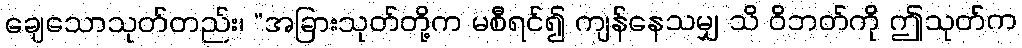
ချေသောသုတ်တည်း၊ “အခြားသုတ်တို့က မစီရင်၍ ကျန်နေသမျှ သိ ဝိဘတ်ကို ဤသုတ်က